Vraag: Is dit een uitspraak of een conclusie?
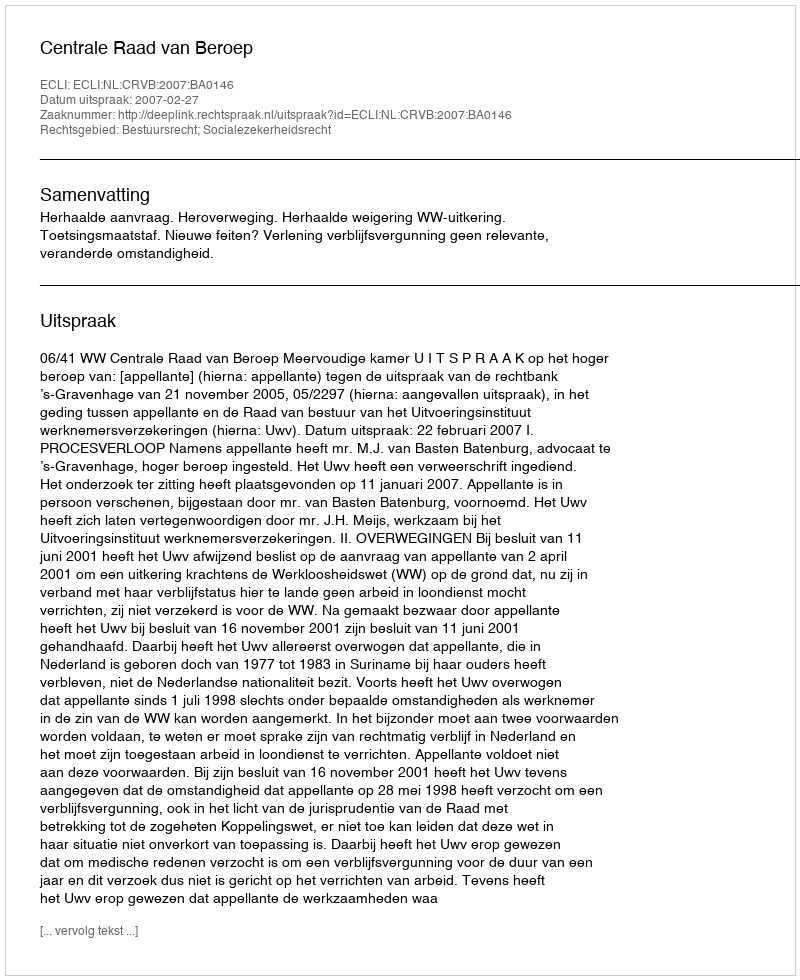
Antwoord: Uitspraak